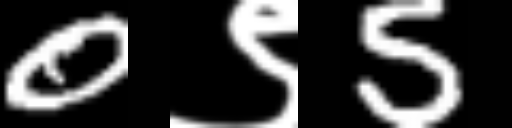
Text: 0९5